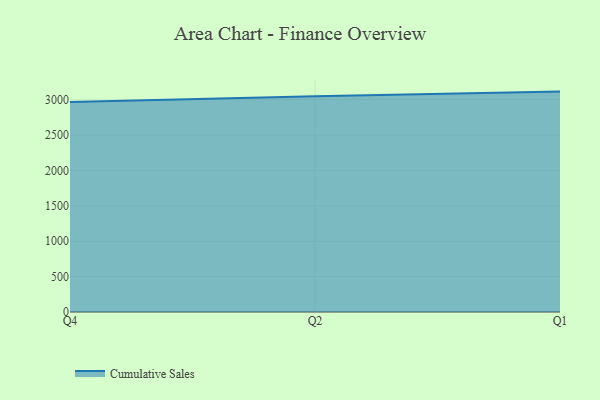
{"axis": {"x": "Quarter", "y": "Inventory Turnover"}, "legend": ["Cumulative Sales"], "data": [{"x": "Q4", "y": 2964.9, "type": "Cumulative Sales"}, {"x": "Q2", "y": 3046.3, "type": "Cumulative Sales"}, {"x": "Q1", "y": 3113.5, "type": "Cumulative Sales"}]}